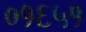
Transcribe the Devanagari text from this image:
०१६५१